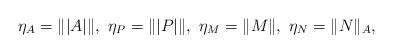
LaTeX: \begin{align*}\eta_A= \||A|\|, \,\, \eta_P = \||P|\|, \,\, \eta_M= \|M\|, \,\, \eta_N = \|N\|_A, \end{align*}